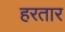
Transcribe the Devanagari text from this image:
हरतार